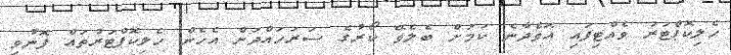
ހެލިކޮޕްޓަރު ވެއްޓިފައި އޮވެދާނެ ކަމަށް ބެލެވޭ ކޯރުގެ ސަރަހައްދަށް އެހެން ހެލިކޮޕްޓަރުތައް ފޮނުވި